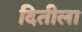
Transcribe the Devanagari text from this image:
दितीला